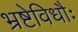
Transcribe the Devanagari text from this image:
भ्रष्टेविधौः